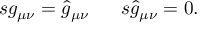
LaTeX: \begin{array} { l l } { { s g _ { \mu \nu } = \hat { g } _ { \mu \nu } ~ } } & { { ~ s \hat { g } _ { \mu \nu } = 0 . } } \end{array}